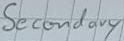
Text: Secondary